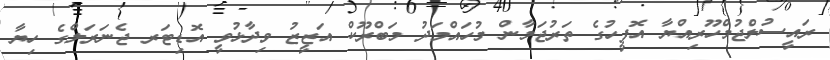
ރައީސުލްޖުމްހޫރިއްޔާ އޮފީހުގެ ތަރުޖަމާން މުހައްމަދު މަބްރޫކް އަޒީޒު ވިދާޅުވީ އޮޑިޓަރ ޖެނަރަލްގެ ހިޔާ